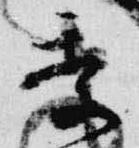
季